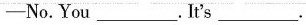
-No.You___. It's ___.